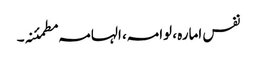
نفس امارہ ، لوامہ، الہامہ مطمئنہ۔